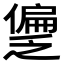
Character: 𫣱